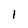
Character: I